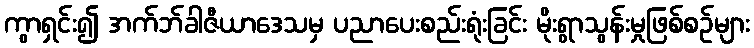
ကွာရှင်း၍ အက်ဘ်ခါဇီယာဒေသမှ ပညာပေးစည်းရုံးခြင်း မိုးရွာသွန်းမှုဖြစ်စဉ်များ